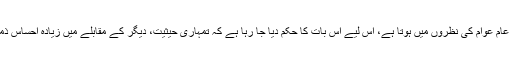
لیڈر اور رہنما کا گھرانہ عام عوام کی نظروں میں ہوتا ہے، اس لیے اس بات کا حکم دیا جا رہا ہے کہ تمہاری حیثیت، دیگر کے مقابلے میں زیادہ احساس ذمہ داری کی متقاضی ہے۔